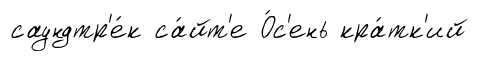
саундтр'е́к са́йт'е О́с'ень кра́тк'ий